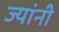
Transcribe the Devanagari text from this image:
ज्‍यांनी